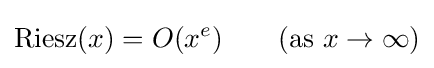
\operatorname {Riesz} (x)=O(x^{e})\qquad ({\text{as }}x\to \infty )